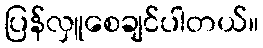
ပြန်လှူစေချင်ပါတယ်။